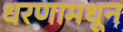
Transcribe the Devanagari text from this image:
धरणामधून